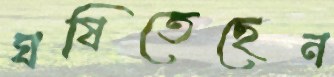
ঘষিতেছেন